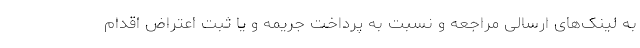
به لینک‌های ارسالی مراجعه و نسبت به پرداخت جریمه و یا ثبت اعتراض اقدام